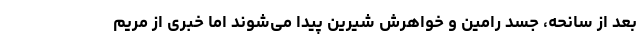
بعد از سانحه، جسد رامین و خواهرش شیرین پیدا می‌شوند اما خبری از مریم